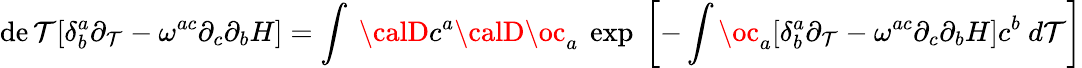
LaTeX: \operatorname*{de\mathcal{T}}[\delta_{b}^{a}\partial_{\mathcal{T}}-\omega^{ac}\partial_{c}\partial_{b}H]=\int~{\calD}c^{a}{\calD}{\oc}_{a}~\exp~\biggl[-\int{\oc}_{a}[\delta_{b}^{a}\partial_{\mathcal{T}}-\omega^{ac}\partial_{c}\partial_{b}H]c^{b}~d\mathcal{T}\biggr]